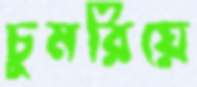
চুমরিয়ে